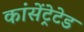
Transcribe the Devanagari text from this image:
कांसेंट्रेटेड